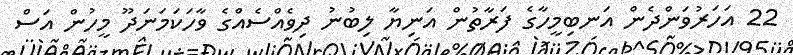
22 އަހަރުވަންދެން އަނބިމީހާގެ ފަރާތުން އަނިޔާ ލިބުނު ދިވެއްސެއްގެ ވާހަކަމަނަދޫ މީހުން އަސް